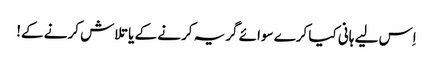
اِس لیے ہانی کیا کرے سوائے گریہ کرنے کے یا تلاش کرنے کے!